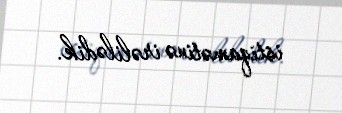
istiqamətinə irəlilədik.